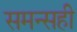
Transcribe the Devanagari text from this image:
समन्सही